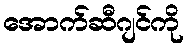
အောက်ဆီဂျင်ကို